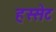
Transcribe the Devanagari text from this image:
हस्सेट